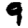
Digit: 9